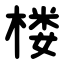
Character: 楼